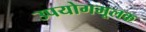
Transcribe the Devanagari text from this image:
उपयोगमूलक